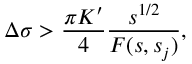
\Delta \sigma > \frac { \pi K ^ { \prime } } { 4 } \frac { s ^ { 1 / 2 } } { F ( s , s _ { j } ) } ,